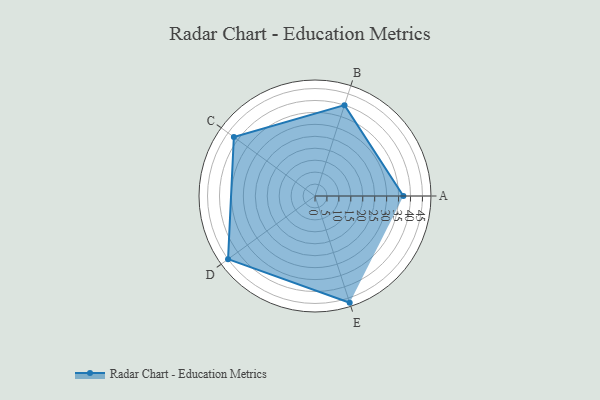
{"axis": {"x": "Skill", "y": "Score"}, "legend": ["Profile"], "data": [{"x": "A", "y": 37.0, "type": "Profile"}, {"x": "B", "y": 40.0, "type": "Profile"}, {"x": "C", "y": 42.0, "type": "Profile"}, {"x": "D", "y": 45.0, "type": "Profile"}, {"x": "E", "y": 47.0, "type": "Profile"}]}